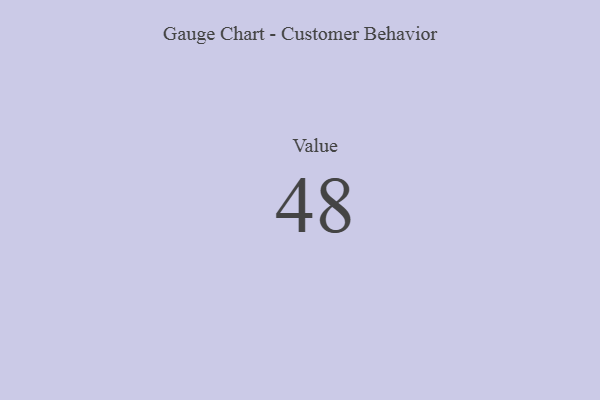
{"axis": {"x": "Metric", "y": "Value"}, "legend": [""], "data": [{"x": "Value", "y": 48, "type": ""}]}